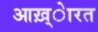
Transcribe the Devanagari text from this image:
आख़्ेारत